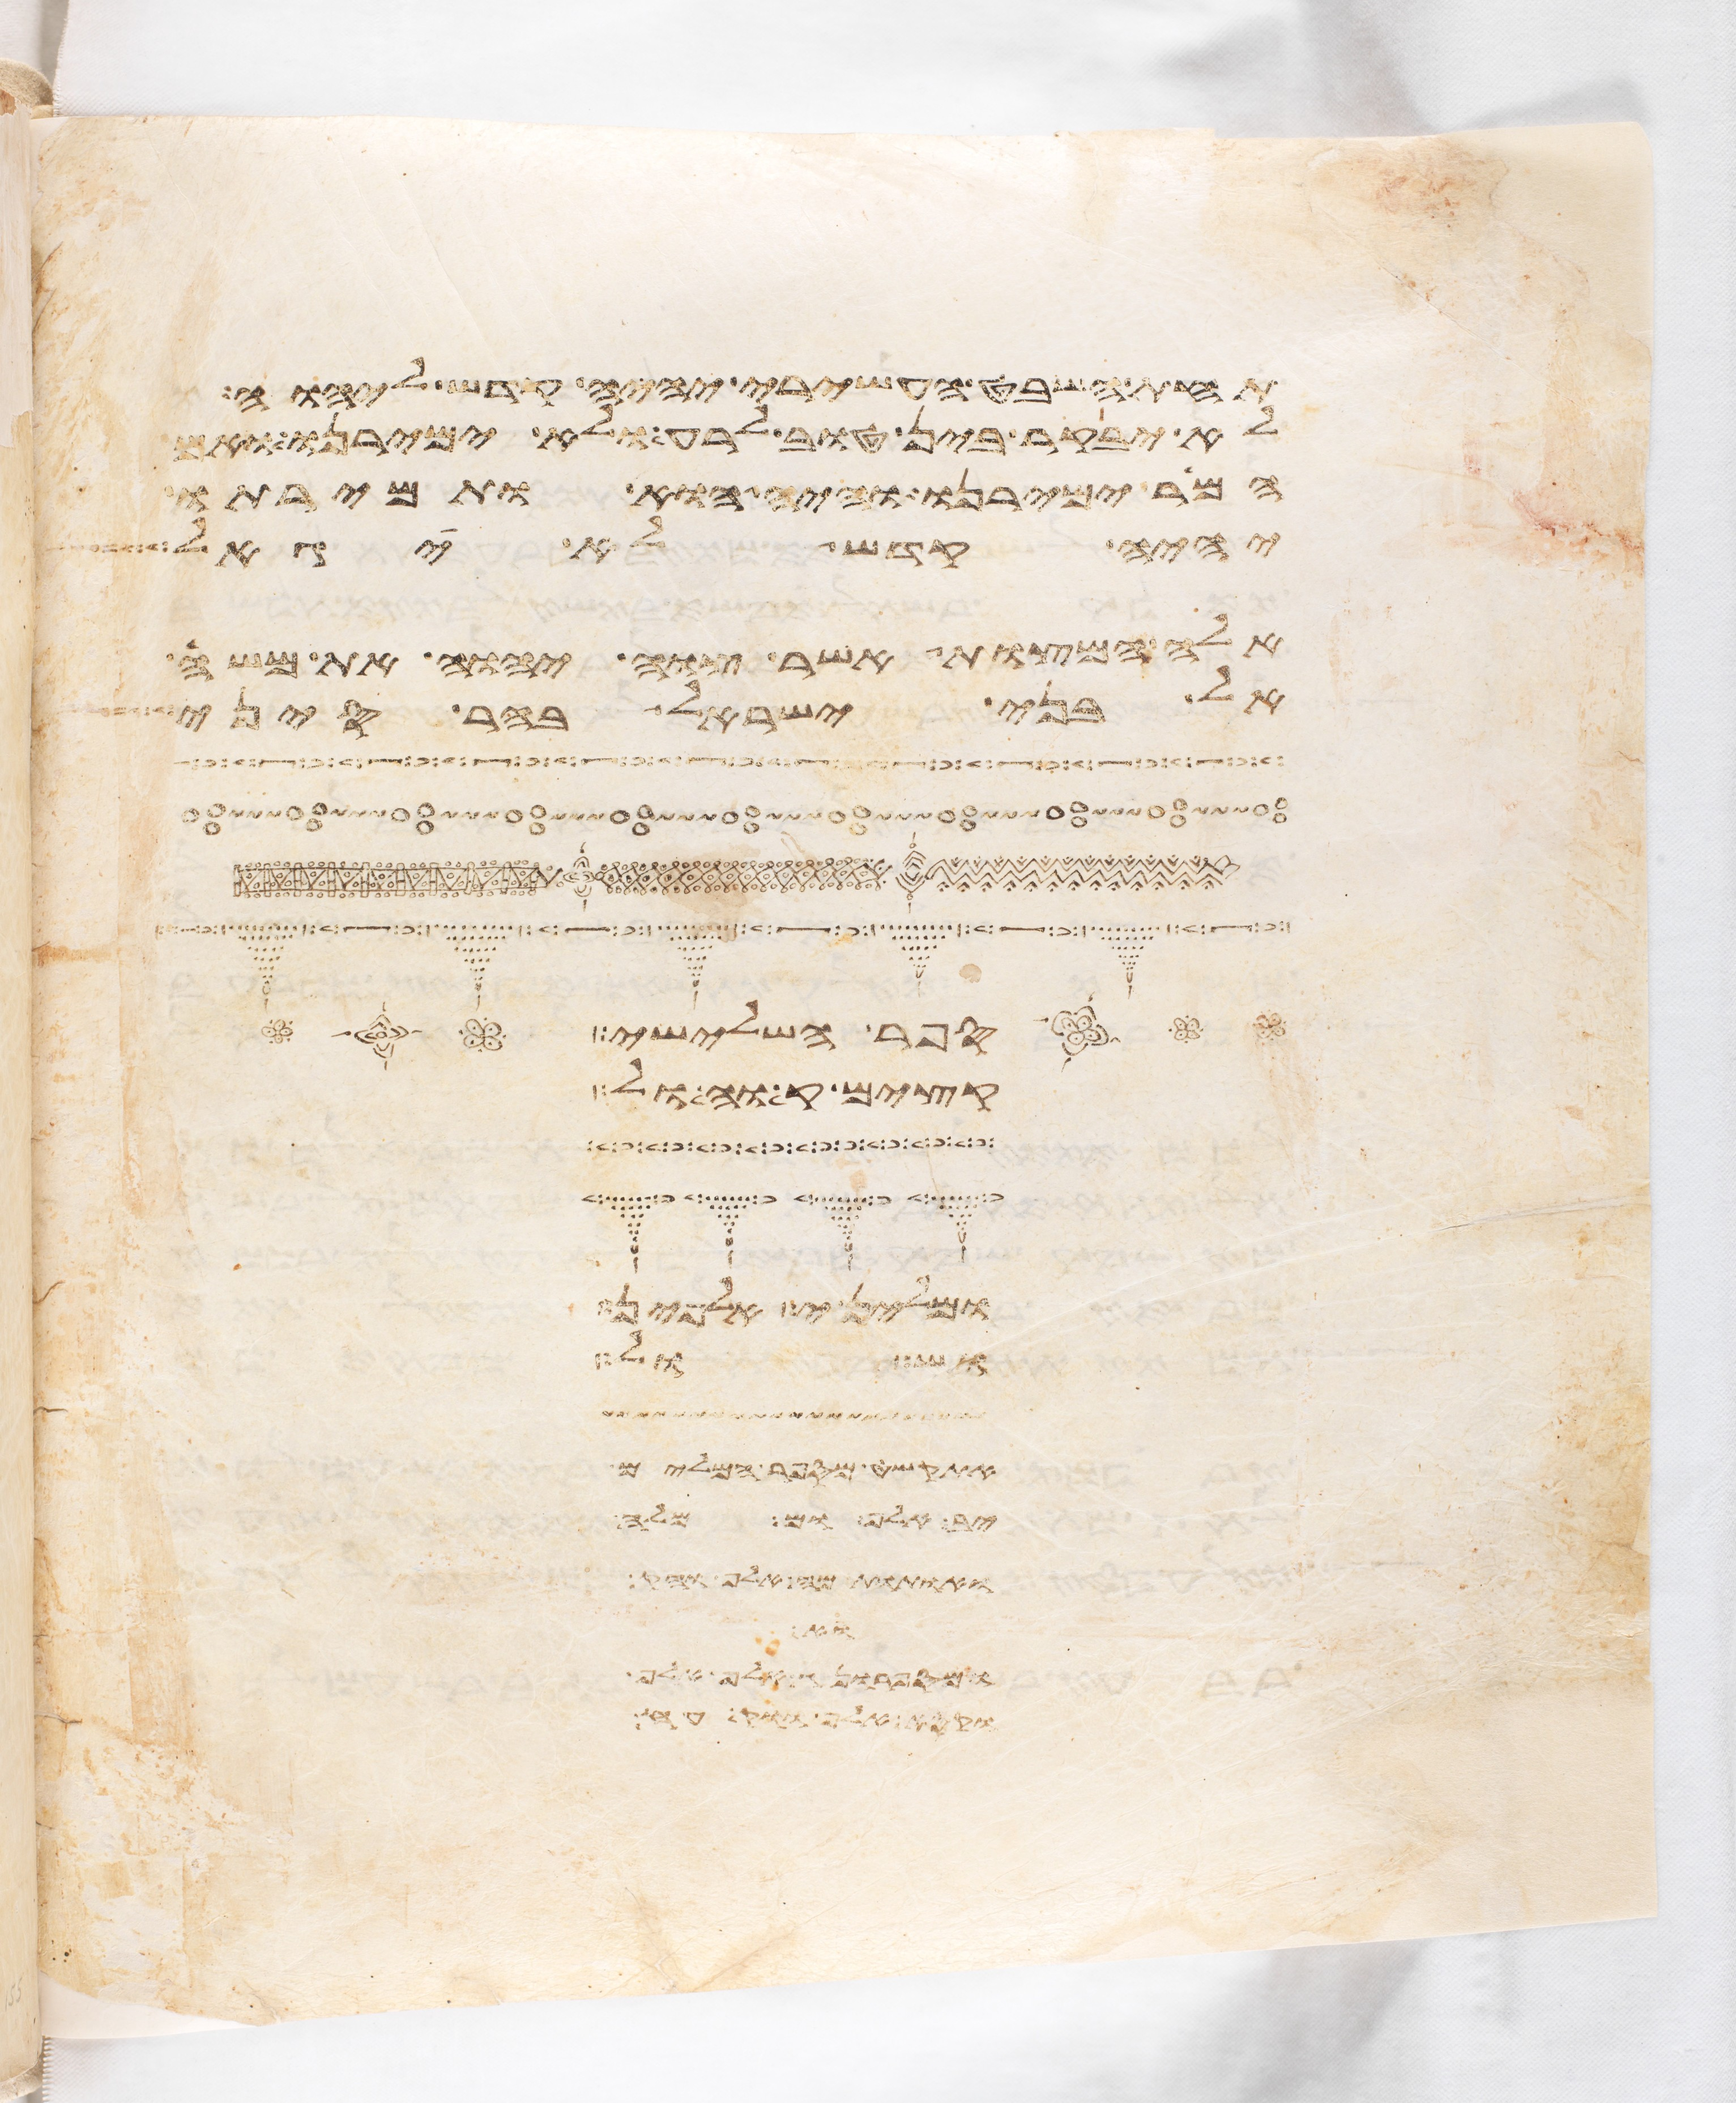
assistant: תחת השבט העשירי יהיה קדש ליהוה
לא יבקר בין טוב לרע ולא ימירנו ואם
המר ימירנו והיה הוא ותמירתו
יהיה קדש לא יגאל
אלה המצות אשר צוה יהוה את משה
אל בני ישראל בהר סיני
הנהר השלישי
עצים אל משה ואל
ובין הים לפני
ושובל
אדות באר המים
קבו אל ומה
את דמה אל הקדש
ואת
מאות אלף ואלף
ואת האלף ושבע